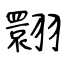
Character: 翾